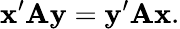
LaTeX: \mathbf{x}^{\prime}\mathbf{A}\mathbf{y}=\mathbf{y}^{\prime}\mathbf{A}\mathbf{x}.